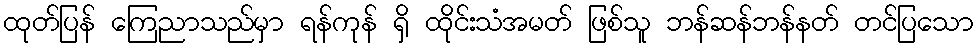
ထုတ်ပြန် ကြေညာသည်မှာ ရန်ကုန် ရှိ ထိုင်းသံအမတ် ဖြစ်သူ ဘန်ဆန်ဘန်နတ် တင်ပြသော